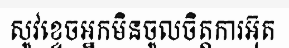
សូវខ្ទេចអ្នកមិនចូលចិត្តការអ៊ុត